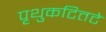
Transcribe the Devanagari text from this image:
पृथुकटितटे